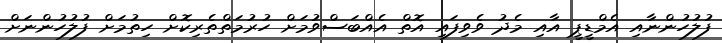
ފުލުހުންނާއި އެމްޑީޕީ އާއި މެދު ވެވިފައި އޮތް އެއްބަސްވުމަށް ހުރުމަތްތެރިކޮށް ހިތުމަށް ފުލުހުންނަށް